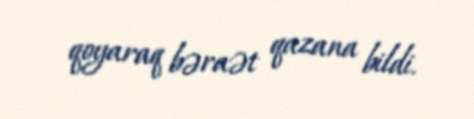
qoyaraq bəraət qazana bildi.